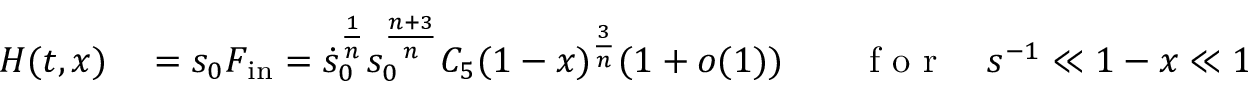
\begin{array} { r l r l } { H ( t , x ) } & { { } \stackrel { } = s _ { 0 } F _ { \mathrm { i n } } = \dot { s } _ { 0 } ^ { \frac 1 n } s _ { 0 } ^ { \frac { n + 3 } { n } } C _ { 5 } ( 1 - x ) ^ { \frac 3 n } ( 1 + o ( 1 ) ) } & { } & { { } \mathrm { ~ f ~ o ~ r ~ } \quad s ^ { - 1 } \ll 1 - x \ll 1 . } \end{array}